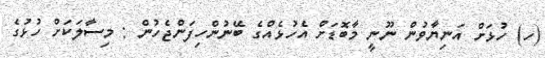
(ހ) ހުޅަށް އަނިޔާވުން ނޫނީ މާބޮޑަށް އެހުޅެއްގެ ބޭނުންހިފަންޖެހުން : މިސާލަކަށް ހުޅުގެ